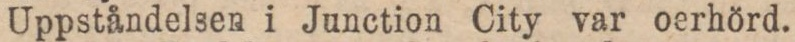
Uppståndelsen i Junction City var oerhörd.